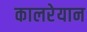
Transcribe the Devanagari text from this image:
कालरेयान